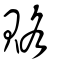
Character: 賂